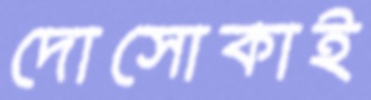
দোসোকাই